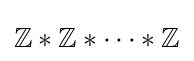
\mathbb {Z} *\mathbb {Z} *\cdots *\mathbb {Z}